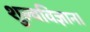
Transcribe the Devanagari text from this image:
शुल्वविज्ञान।